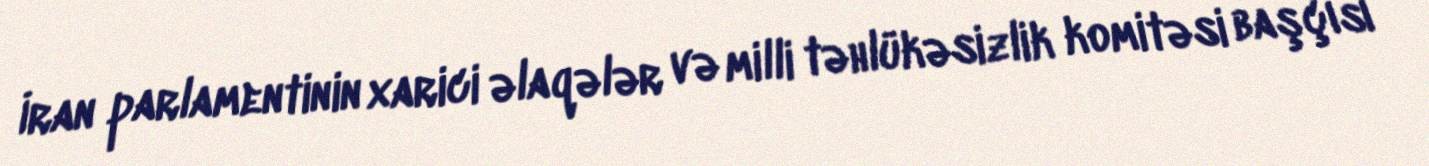
İran parlamentinin xarici əlaqələr və milli təhlükəsizlik komitəsi başçısı